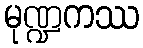
မုဏ္ဍကဿ